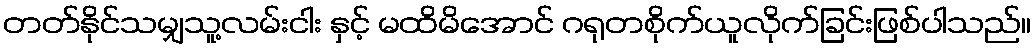
တတ်နိုင်သမျှသူ့လမ်းငါး နှင့် မထိမိအောင် ဂရုတစိုက်ယူလိုက်ခြင်းဖြစ်ပါသည်။